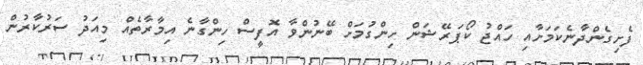
ފެށިގެންދާނެކަމަށާއި ހައްޖު ކޯޕަރޭޝަން ހިންގުމަށް ބޭނުންވާ އޮފީސް ހިންގާނެ އިމާރާތެއް މިއަދު ސަރުކާރުން